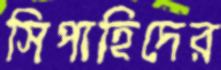
সিপাহিদের